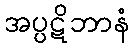
အပ္ပဋိဘာနံ